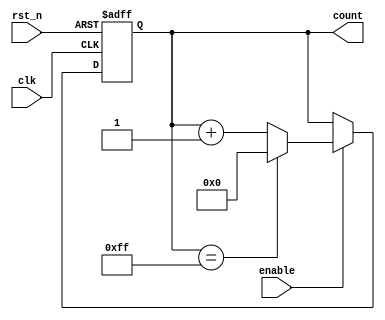
module incremental_counter #(
    parameter WIDTH = 8 // Define the width of the counter (e.g., 8 for 0-255)
)(
    input wire clk,          // Clock input
    input wire rst_n,       // Asynchronous active-low reset
    input wire enable,      // Enable signal
    output reg [WIDTH-1:0] count // Current count value
);

// Always block for synchronous counting
always @(posedge clk or negedge rst_n) begin
    if (!rst_n) begin
        // Reset the counter to zero
        count <= 0;
    end else if (enable) begin
        // Increment the counter
        count <= count + 1;
        
        // Overflow handling: wrap around if maximum value is reached
        if (count == {WIDTH{1'b1}}) begin
            count <= 0; // Wrap around to 0
        end
    end
end

endmodule